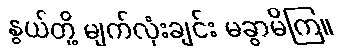
နွယ်တို့ မျက်လုံးချင်း မခွာမိကြ။